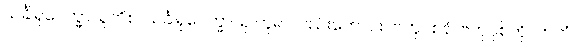
သင်္ခါရုပေက္ခာသူတိစ၊ သင်္ခါရုပေက္ခာသု ဟူ၍ လည်းကောင်း။ ဗဟူဝစနံ၊ ဗဟုဝုစ်ကို။ ကတံ၊